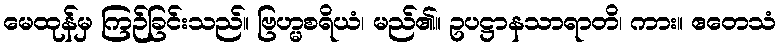
မေထုန်မှ ကြဉ်ခြင်းသည်။ ဗြဟ္မစရိယံ၊ မည်၏။ ဥပဋ္ဌာနသာရာတိ၊ ကား။ ဧတေသံ